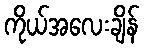
ကိုယ်အလေးချိန်